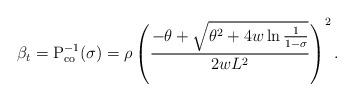
LaTeX: \begin{align*} \beta_t = \textrm{P}_\textrm{co}^{-1}(\sigma) = \rho \left( \frac{-\theta + \sqrt{\theta^2 + 4 w \ln \frac{1}{1-\sigma}}}{2 w L^2} \right)^2.\end{align*}